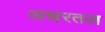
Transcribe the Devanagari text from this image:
अधरतल